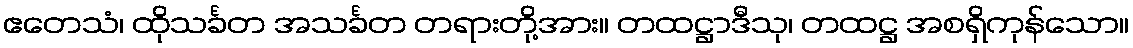
ဧတေသံ၊ ထိုသင်္ခတ အသင်္ခတ တရားတို့အား။ တထဋ္ဌာဒီသု၊ တထဋ္ဌ အစရှိကုန်သော။